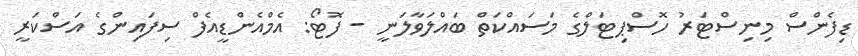
ޑިފެންސް މިނިސްޓަރު ހޮސްޕިޓަލްގެ މަސައްކަތް ބައްލަވާލަނީ - ފޮޓޯ: އެމްއެންޑީއެފް ސިފައިންގެ އަސްކަރީ